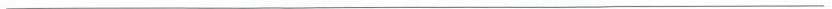
___